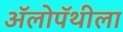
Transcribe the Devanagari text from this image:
अॅलोपॅथीला